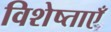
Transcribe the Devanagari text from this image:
विशेष्ताएँ